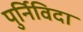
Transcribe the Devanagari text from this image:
पुर्निविदा